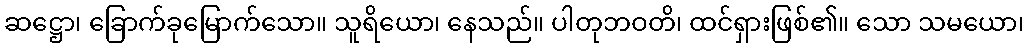
ဆဋ္ဌော၊ ခြောက်ခုမြောက်သော။ သူရိယော၊ နေသည်။ ပါတုဘဝတိ၊ ထင်ရှားဖြစ်၏။ သော သမယော၊